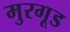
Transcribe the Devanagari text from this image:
मुरगूड